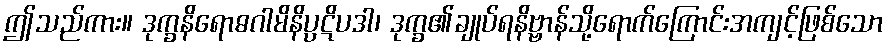
ဤသည်ကား။ ဒုက္ခနိရောဓဂါမိနိပ္ပဋိပဒါ၊ ဒုက္ခ၏ချုပ်ရနိဗ္ဗာန်သို့ရောက်ကြောင်းအကျင့်ဖြစ်သော